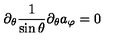
\partial _ { \theta } \frac { 1 } { \sin \theta } \partial _ { \theta } a _ { \varphi } = 0